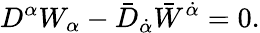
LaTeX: D^{\alpha}W_{\alpha}-\bar{D}_{\dot{\alpha}}\bar{W}^{\dot{\alpha}}=0.